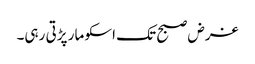
غرض صبح تک اسکو مار پڑتی رہی۔